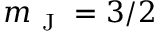
m _ { \mathrm { ~ J ~ } } = 3 / 2